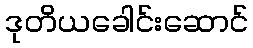
ဒုတိယခေါင်းဆောင်